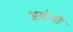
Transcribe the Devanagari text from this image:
अयोथी